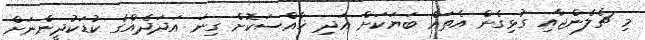
މި ޗެލެންޖާއި ގުޅިގެން އެތައް ބަޔަކަށް އަދި ޚާއްސަކޮށް ގިނަ އަދަދެއްގެ ކުޑަކުދީންނަށް